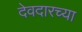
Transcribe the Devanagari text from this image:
देवदारच्या